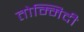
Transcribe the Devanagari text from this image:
तोम्मिदी